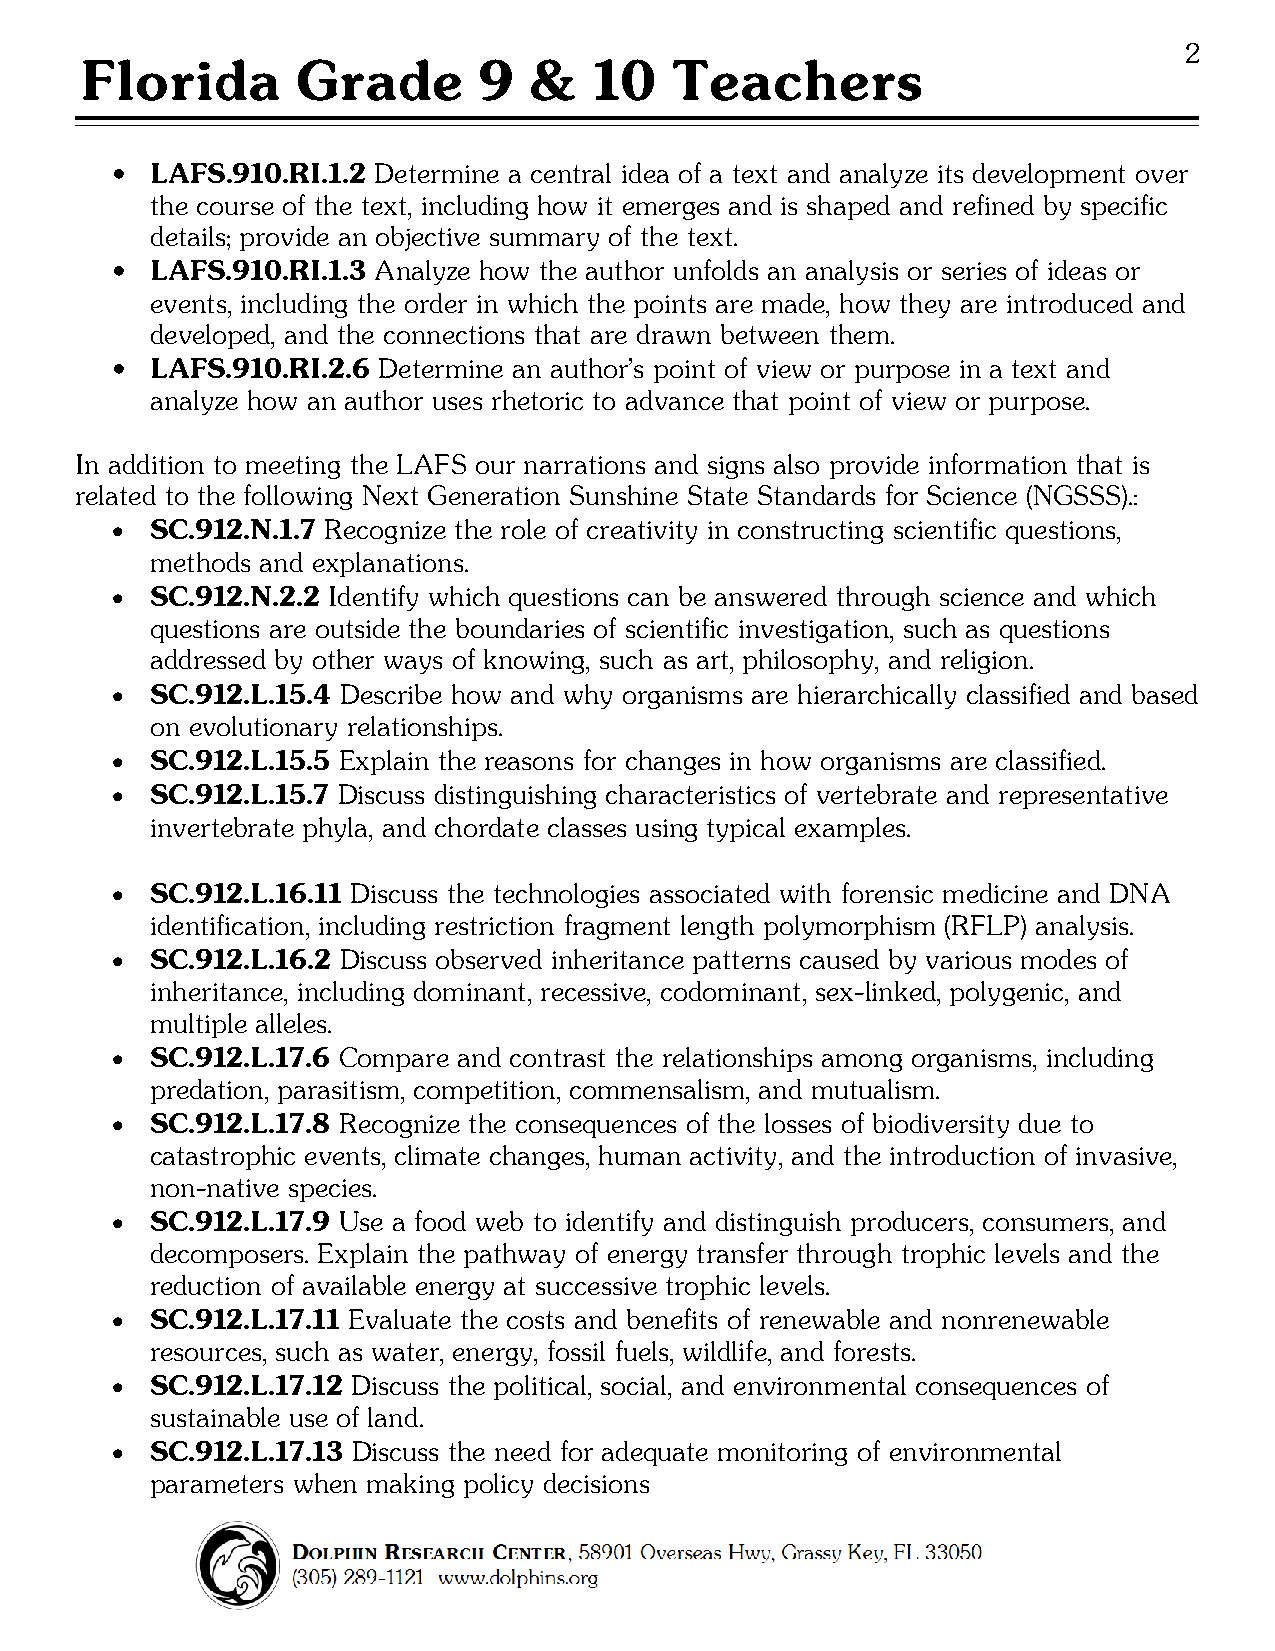
2
 Florida        Grade       9  &   10   Teachers
   LAFS.910.RI.1.2 Determine a central idea of a text and analyze its development over
 the course of the text, including how it emerges and is shaped and refined by specific
 details; provide an objective summary of the text.
   LAFS.910.RI.1.3 Analyze how the author unfolds an analysis or series of ideas or
 events, including the order in which the points are made, how they are introduced and
 developed, and the connections that are drawn between them.
   LAFS.910.RI.2.6 Determine an author’s point of view or purpose in a text and
 analyze how an author uses rhetoric to advance that point of view or purpose.
 In addition to meeting the LAFS our narrations and signs also provide information that is
 related to the following Next Generation Sunshine State Standards for Science (NGSSS).:
 •  SC.912.N.1.7 Recognize the role of creativity in constructing scientific questions,
 methods and explanations.
 •  SC.912.N.2.2 Identify which questions can be answered through science and which
 questions are outside the boundaries of scientific investigation, such as questions
 addressed by other ways of knowing, such as art, philosophy, and religion.
 •  SC.912.L.15.4 Describe how and why organisms are hierarchically classified and based
 on evolutionary relationships.
 •  SC.912.L.15.5 Explain the reasons for changes in how organisms are classified.
 •  SC.912.L.15.7 Discuss distinguishing characteristics of vertebrate and representative
 invertebrate phyla, and chordate classes using typical examples.
 •  SC.912.L.16.11 Discuss the technologies associated with forensic medicine and DNA
 identification, including restriction fragment length polymorphism (RFLP) analysis.
 •  SC.912.L.16.2 Discuss observed inheritance patterns caused by various modes of
 inheritance, including dominant, recessive, codominant, sex-linked, polygenic, and
 multiple alleles.
 •  SC.912.L.17.6 Compare and contrast the relationships among organisms, including
 predation, parasitism, competition, commensalism, and mutualism.
 •  SC.912.L.17.8 Recognize the consequences of the losses of biodiversity due to
 catastrophic events, climate changes, human activity, and the introduction of invasive,
 non-native species.
 •  SC.912.L.17.9 Use a food web to identify and distinguish producers, consumers, and
 decomposers. Explain the pathway of energy transfer through trophic levels and the
 reduction of available energy at successive trophic levels.
 •  SC.912.L.17.11 Evaluate the costs and benefits of renewable and nonrenewable
 resources, such as water, energy, fossil fuels, wildlife, and forests.
 •  SC.912.L.17.12 Discuss the political, social, and environmental consequences of
 sustainable use of land.
 •  SC.912.L.17.13 Discuss the need for adequate monitoring of environmental
 parameters when making policy decisions